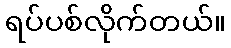
ရပ်ပစ်လိုက်တယ်။